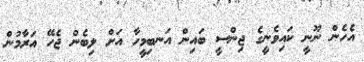
އެހެން ނޫނީ ކައިވެނީގެ ޖިންސީ ބައިން އަނބިމީހާ އަށް ލިބެން ޖެހޭ އަރާމުން